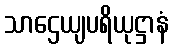
သာဌေယျပရိယုဋ္ဌာနံ